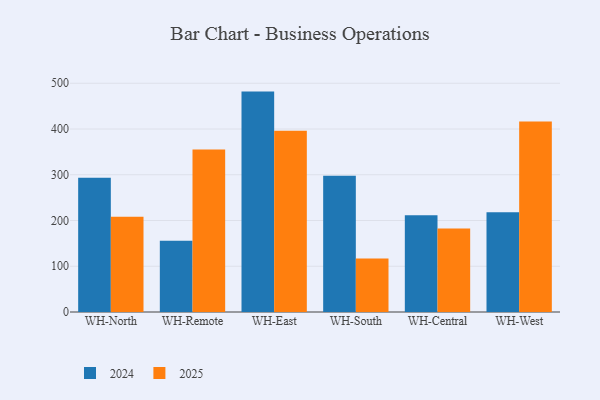
{"axis": {"x": "Warehouse", "y": "Budget (USD K)"}, "legend": ["2024", "2025"], "data": [{"x": "WH-North", "y": 293.5, "type": "2024"}, {"x": "WH-North", "y": 208.3, "type": "2025"}, {"x": "WH-Remote", "y": 156.0, "type": "2024"}, {"x": "WH-Remote", "y": 355.4, "type": "2025"}, {"x": "WH-East", "y": 481.8, "type": "2024"}, {"x": "WH-East", "y": 396.0, "type": "2025"}, {"x": "WH-South", "y": 297.7, "type": "2024"}, {"x": "WH-South", "y": 116.7, "type": "2025"}, {"x": "WH-Central", "y": 211.3, "type": "2024"}, {"x": "WH-Central", "y": 182.6, "type": "2025"}, {"x": "WH-West", "y": 218.0, "type": "2024"}, {"x": "WH-West", "y": 416.5, "type": "2025"}]}